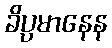
ခိပ္ပမာနေန